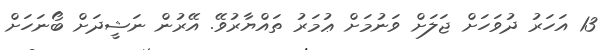
13 އަހަރު ދުވަހަށް ޖަލަށް ވަނުމަށް ޢުމަރު ތައްޔާރުވޭ. އޭރުން ނަޝީދަށް ބޯނަހަށް